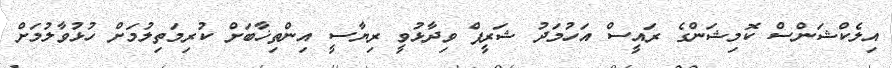
އިލެކްޝަންސް ކޮމިޝަންގެ ރައީސް އަހުމަދު ޝަރީފް ވިދާޅުވީ ރިޔާސީ އިންތިޚާބަށް ކުރިމަތިލުމަށް ހުޅުވާލުމަށް